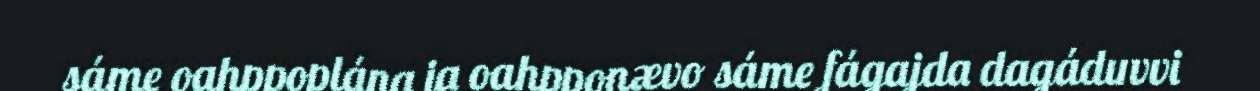
sáme oahppoplána ja oahpponævo sáme fágajda dagáduvvi